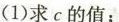
(1)求c的值；